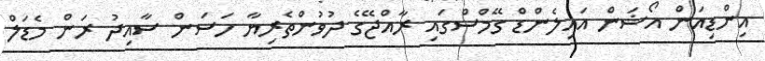
އިންޑިއަން އޯޝަން އައިލެންޑް ގޭމްސްގައި ރާއްޖޭގެ ދުވުންތެރިޔާ ހަސަން ސާއިދު ރަން މެޑަލް